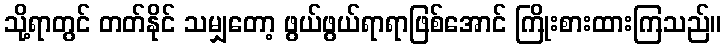
သို့ရာတွင် တတ်နိုင် သမျှတော့ ဖွယ်ဖွယ်ရာရာဖြစ်အောင် ကြိုးစားထားကြသည်။